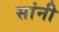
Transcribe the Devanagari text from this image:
सांनी